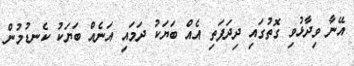
އޭނާ ވިދާޅުވި ގޮތުގައި ދިދަފަތި އެއް ބަޔަކު ދަމައި އަނެއް ބަޔަކު ކެނޑުމުން